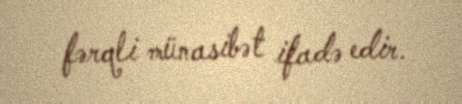
fərqli münasibət ifadə edir.